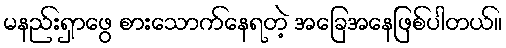
မနည်းရှာဖွေ စားသောက်နေရတဲ့ အခြေအနေဖြစ်ပါတယ်။